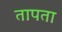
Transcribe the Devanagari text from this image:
तापता